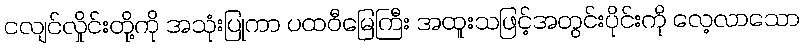
ငလျင်လှိုင်းတို့ကို အသုံးပြုကာ ပထဝီမြေကြီး အထူးသဖြင့်အတွင်းပိုင်းကို လေ့လာသော